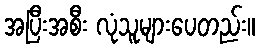
အပြီးအစီး လုံသူများပေတည်း။